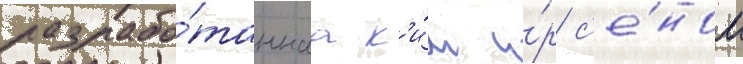
разрабо́таннаа к'и́м и́р с'е́ном